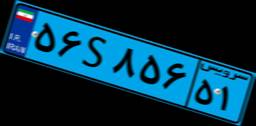
۲۹S۱۰۴۱۵